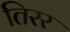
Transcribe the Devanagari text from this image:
तिरर